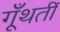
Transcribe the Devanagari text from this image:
गूँथतीं